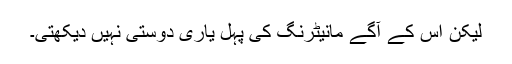
لیکن اس کے آگے مانیٹرنگ کی پہل یاری دوستی نہیں دیکھتی۔